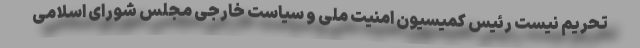
تحریم نیست رئیس کمیسیون امنیت ملی و سیاست خارجی مجلس شورای اسلامی